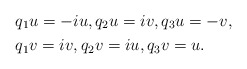
\begin{align*}& q_1u= -iu, q_2u= iv, q_3u= -v, \\& q_1v=iv, q_2v=iu , q_3v=u.\end{align*}